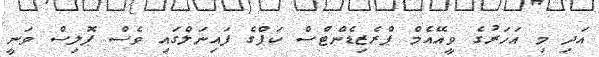
އަދި މި އަހަރުގެ ވީއޭއެމް ޕްރެޒިޑެންޓްސް ކަޕްގެ ފައިނަލްގައި ވެސް ޕޮލިސް ވަނީ